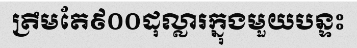
ត្រឹមតែ៩០០ដុល្លារក្នុងមួយបន្ទះ